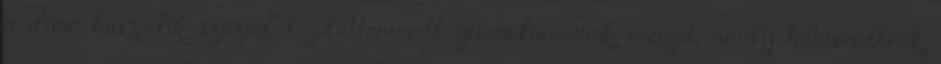
a dicsõ huszadik század legalattomosabb genocídiumának mérgét, amely hatásosabbnak